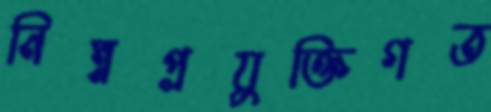
নিম্নপ্রযুক্তিগত